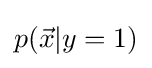
p({\vec {x}}|y=1)